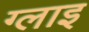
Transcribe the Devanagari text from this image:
ग्लाइ